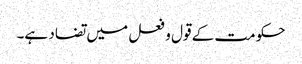
حکومت کے قول و فعل میں تضاد ہے۔